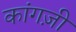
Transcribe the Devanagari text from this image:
कांगज़ी